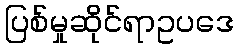
ပြစ်မှုဆိုင်ရာဥပဒေ